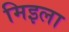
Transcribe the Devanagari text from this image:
मिइला